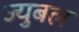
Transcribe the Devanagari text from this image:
ज्युबल